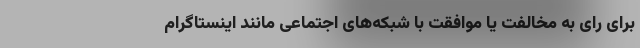
برای رای به مخالفت یا موافقت با شبکه‌های اجتماعی مانند اینستاگرام